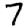
Digit: 7